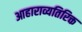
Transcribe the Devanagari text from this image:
आहाराव्यतिरिक्त